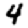
Digit: 4